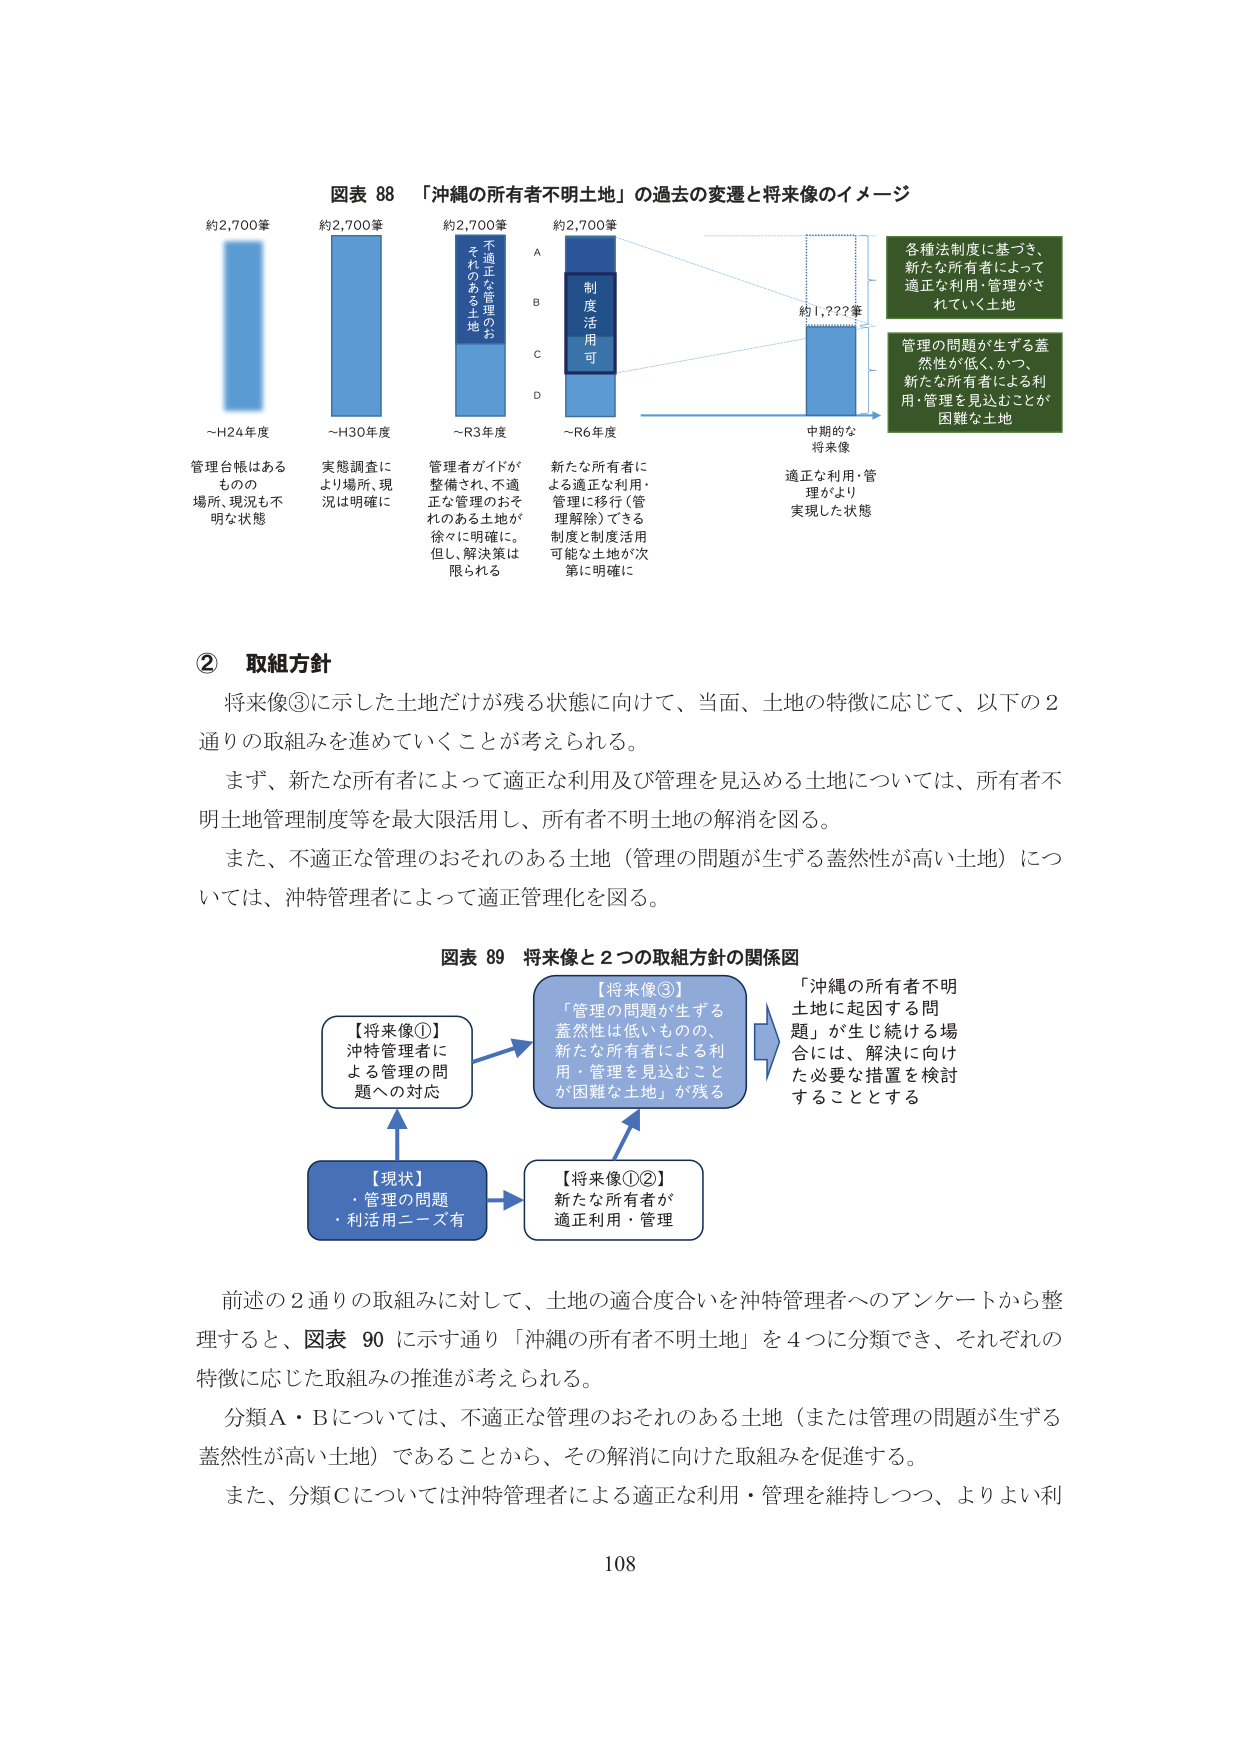
図表 88 「沖縄の所有者不明土地」の過去の変遷と将来像のイメージ

約2,700筆
～H24年度
管理台帳はある
ものの
場所、現況も不
明な状態

約2,700筆
～H30年度
実態調査に
より場所、現
況は明確に

約2,700筆
～R3年度
管理者ガイドが
整備され、不適
正な管理のおそ
れのある土地が
徐々に明確に。
但し、解決策は
限られる

約2,700筆
～R6年度
新たな所有者に
よる適正な利用・
管理に移行（管
理解除）できる
制度と制度活用
可能な土地が次
第に明確に

A
B
C
D
制度
活用
可
不適正な管理のお
それのある土地

中期的な
将来像
約1,???筆
適正な利用・管
理がより
実現した状態

各種法制度に基づき、
新たな所有者によって
適正な利用・管理がさ
れていく土地

管理の問題が生ずる蓋
然性が低く、かつ、
新たな所有者による利
用・管理を見込むことが
困難な土地

② 取組方針

将来像③に示した土地だけが残る状態に向けて、当面、土地の特徴に応じて、以下の2通りの取組みを進めていくことが考えられる。

まず、新たな所有者によって適正な利用及び管理を見込める土地については、所有者不明土地管理制度等を最大限活用し、所有者不明土地の解消を図る。

また、不適正な管理のおそれのある土地（管理の問題が生ずる蓋然性が高い土地）については、沖特管理者によって適正管理化を図る。

図表 89 将来像と2つの取組方針の関係図

【現状】
・管理の問題
・利活用ニーズ有

【将来像①】
沖特管理者に
よる管理の問
題への対応

【将来像①②】
新たな所有者が
適正利用・管理

【将来像③】
「管理の問題が生ずる
蓋然性は低いものの、
新たな所有者による利
用・管理を見込むこと
が困難な土地」が残る

「沖縄の所有者不明
土地に起因する問
題」が生じ続ける場
合には、解決に向け
た必要な措置を検討
することとする

前述の2通りの取組みに対して、土地の適合度合いを沖特管理者へのアンケートから整理すると、図表 90 に示す通り「沖縄の所有者不明土地」を4つに分類でき、それぞれの特徴に応じた取組みの推進が考えられる。

分類A・Bについては、不適正な管理のおそれのある土地（または管理の問題が生ずる蓋然性が高い土地）であることから、その解消に向けた取組みを促進する。

また、分類Cについては沖特管理者による適正な利用・管理を維持しつつ、よりよい利

108